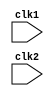
`timescale 1ns / 1ps
//////////////////////////////////////////////////////////////////////////////////
// Company: 
// Engineer: 
// 
// Design Name: 
// Module Name:    mips32 
// Project Name: 
// Target Devices: 
// Tool versions: 
// Description: 
//
// Dependencies: 
//
// Revision: 
// Revision 0.01 - File Created
// Additional Comments: 
//
//////////////////////////////////////////////////////////////////////////////////
	module mips32(clk1 , clk2);

	input clk1 ;
	input clk2;
	reg [31:0] PC ;
	reg [31:0] IF_ID_IR ;
	reg [31:0] IF_ID_NPC;
	reg [31:0] ID_EX_IR;
	reg [31:0] ID_EX_NPC;
	reg [31:0] ID_EX_A;
	reg [31:0] ID_EX_B;
	reg [31:0] ID_EX_Imm;
	reg [2:0] ID_EX_type;
	reg [2:0] EX_MEM_type;
	reg [2:0] MEM_WB_type;
	reg [31:0] EX_MEM_IR;
	reg [31:0] EX_MEM_ALUOut;
	reg [31:0] EX_MEM_B;
	reg EX_MEM_cond;
	reg [31:0] MEM_WB_IR;
	reg [31:0] MEM_WB_ALUOut;
	reg [31:0] MEM_WB_LMD;

	reg [31:0] Reg [0:31];
	reg [31:0] Mem [0:1023];

	parameter ADD=6'b000000;
	parameter SUB=6'b000001;
	parameter AND=6'b000010;
	parameter OR=6'b000011;
	parameter SLT=6'b000100;
	parameter MUL=6'b000101;
	parameter HLT=6'b111111;
	parameter LW=6'b001000;
	parameter SW=6'b001001;
	parameter ADDI=6'b001010;
	parameter SUBI=6'b001011;
	parameter SLTI=6'b001100;
	parameter BNEQZ=6'b001101;
	parameter BEQZ=6'b001110; 

	parameter RR_ALU= 3'b000;
	parameter RM_ALU=3'b001;
	parameter LOAD=3'b010;
	parameter STORE=3'b011;
	parameter BRANCH=3'b100;
	parameter HALT=3'b101;

	reg HALTED;			//set after HALted instrcn
	reg TAKEN_BRANCH;	//req to disable instrcn after branch

	always @(posedge clk1)   //IF stage
		if(HALTED == 0)
			begin
				if(((EX_MEM_IR[31:26] == BEQZ) && (EX_MEM_cond == 1)) || ((EX_MEM_IR[31:26] == BNEQZ) && (EX_MEM_cond == 0)))
					begin
						IF_ID_IR <= #2 Mem[EX_MEM_ALUOut];
						TAKEN_BRANCH <= #2 1'b1;
						IF_ID_NPC <= #2 EX_MEM_ALUOut + 1;
						PC <= #2 EX_MEM_ALUOut + 1;
					end
					
				else
					begin
						IF_ID_IR <= #2 Mem[PC];
						IF_ID_NPC <= #2 PC + 1;
						PC <= #2 PC + 1;
					end
			end

	always @(posedge clk2)    //ID Stage
		if(HALTED == 0)
			begin
				if(IF_ID_IR[25:21] == 5'b00000)
					ID_EX_A <= 0;
					
				else
					ID_EX_A <= #2 Reg[IF_ID_IR[25:21]];  //rs
					
				if(IF_ID_IR[20:16] == 5'b00000)
					ID_EX_B <= 0;
					
				else
					ID_EX_B <= #2 Reg[IF_ID_IR[20:16]];   //rt
					
				ID_EX_NPC <= #2 IF_ID_NPC;
				ID_EX_IR <= #2 IF_ID_IR;
				ID_EX_Imm <= #2 {{16{IF_ID_IR[15]}} , {IF_ID_IR[15:0]}};
				
				case(IF_ID_IR[31:26])
					ADD: ID_EX_type <= #2 RR_ALU;
					SUB: ID_EX_type <= #2 RR_ALU;
					AND: ID_EX_type <= #2 RR_ALU;
					OR: ID_EX_type <= #2 RR_ALU;
					SLT: ID_EX_type <= #2 RR_ALU;
					MUL: ID_EX_type <= #2 RR_ALU;
					ADDI: ID_EX_type <= #2 RM_ALU;
					SUBI: ID_EX_type <= #2 RM_ALU;
					SLTI: ID_EX_type <= #2 RM_ALU;
					LW: ID_EX_type <= #2 LOAD;
					SW: ID_EX_type <= #2 STORE;
					BNEQZ: ID_EX_type <= #2 BRANCH;
					BEQZ: ID_EX_type <= #2 BRANCH;
					HLT:  ID_EX_type <= #2 HALT;
					default:  ID_EX_type <= #2 HALT;
					
				endcase	
					
			end
			
	always @(posedge clk1)  //EX stage
	if(HALTED == 0)
			begin
				EX_MEM_type <= #2 ID_EX_type;
				EX_MEM_IR <= #2 ID_EX_IR;
				TAKEN_BRANCH <= #2 0;
				
				case(ID_EX_type)
					RR_ALU:begin
						case(ID_EX_IR[31:26]) //opcode
							
							ADD: EX_MEM_ALUOut <= #2 ID_EX_A + ID_EX_B;
							SUB: EX_MEM_ALUOut <= #2 ID_EX_A - ID_EX_B;
							AND: EX_MEM_ALUOut <= #2 ID_EX_A & ID_EX_B;
							OR : EX_MEM_ALUOut <= #2 ID_EX_A | ID_EX_B;
							SLT: EX_MEM_ALUOut <= #2 ID_EX_A < ID_EX_B;
							MUL: EX_MEM_ALUOut <= #2 ID_EX_A * ID_EX_B;
							default: EX_MEM_ALUOut <= #2 32'hxxxx;
							endcase
							end
							
					RM_ALU: begin
								case (ID_EX_IR[31:26]) 
								ADDI: EX_MEM_ALUOut <= #2 ID_EX_A + ID_EX_Imm;
								SUBI: EX_MEM_ALUOut <= #2 ID_EX_A - ID_EX_Imm;
								SLTI: EX_MEM_ALUOut <= #2 ID_EX_A < ID_EX_Imm;
								default: EX_MEM_ALUOut <= #2 32'hxxxxxxxx;
								endcase
								end	
							
							
						LOAD:
							begin
								EX_MEM_ALUOut <= #2 ID_EX_A + ID_EX_Imm;
								EX_MEM_B <= #2 ID_EX_B;
							end
							
							
						STORE:
							begin
								EX_MEM_ALUOut <= #2 ID_EX_A + ID_EX_Imm;
								EX_MEM_B <= #2 ID_EX_B;
							end

						BRANCH:
							begin
								EX_MEM_ALUOut <= #2 ID_EX_NPC + ID_EX_Imm;
								EX_MEM_B <= #2 (ID_EX_A == 0);	
							end
				endcase
			end
			
	always @(posedge clk2)    //MEM stage
	if(HALTED ==0)
			begin
				MEM_WB_type <= EX_MEM_type;
				MEM_WB_IR <= #2 EX_MEM_IR;
				
					case (EX_MEM_type)
					
					RR_ALU : MEM_WB_ALUOut <= #2 EX_MEM_ALUOut;
					RM_ALU : MEM_WB_ALUOut <= #2 EX_MEM_ALUOut;
					LOAD : MEM_WB_LMD <= #2 Mem[EX_MEM_ALUOut];
					STORE : if(TAKEN_BRANCH == 0)    //disable write
										Mem[EX_MEM_ALUOut] <= EX_MEM_B;
					endcase					
			end
			
			
	always @(posedge clk1)       //WB stage
			begin
				if(TAKEN_BRANCH == 0)    //disable write if branch taken
				case(MEM_WB_type)
					RR_ALU: Reg[MEM_WB_IR[15:11]] <= #2 MEM_WB_ALUOut;  //rd
					RM_ALU: Reg[MEM_WB_IR[20:16]] <= #2 MEM_WB_ALUOut;  //rt
					LOAD: Reg[MEM_WB_IR[20:16]] <= #2 MEM_WB_LMD;   //rt
					HALT : HALTED <= #2 1'b1;
				endcase	
			end


	endmodule